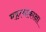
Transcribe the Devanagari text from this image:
महत्वाकाक्षा